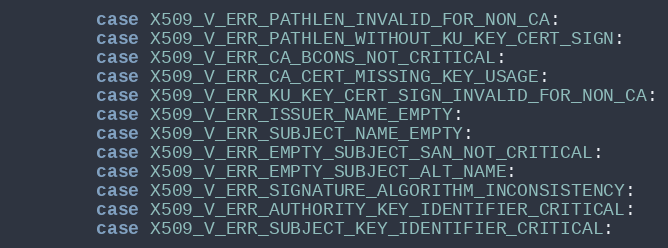
Language: C
        case X509_V_ERR_PATHLEN_INVALID_FOR_NON_CA:
        case X509_V_ERR_PATHLEN_WITHOUT_KU_KEY_CERT_SIGN:
        case X509_V_ERR_CA_BCONS_NOT_CRITICAL:
        case X509_V_ERR_CA_CERT_MISSING_KEY_USAGE:
        case X509_V_ERR_KU_KEY_CERT_SIGN_INVALID_FOR_NON_CA:
        case X509_V_ERR_ISSUER_NAME_EMPTY:
        case X509_V_ERR_SUBJECT_NAME_EMPTY:
        case X509_V_ERR_EMPTY_SUBJECT_SAN_NOT_CRITICAL:
        case X509_V_ERR_EMPTY_SUBJECT_ALT_NAME:
        case X509_V_ERR_SIGNATURE_ALGORITHM_INCONSISTENCY:
        case X509_V_ERR_AUTHORITY_KEY_IDENTIFIER_CRITICAL:
        case X509_V_ERR_SUBJECT_KEY_IDENTIFIER_CRITICAL: